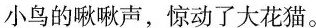
小鸟的啾啾声，惊动了大花猫。